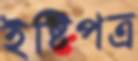
ইষ্টিপত্র